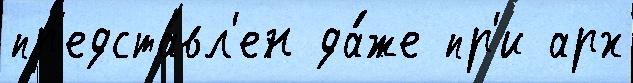
пр'едста́вл'ен да́же пр'и арх